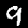
Label: 9